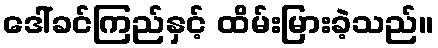
ဒေါ်ခင်ကြည်နှင့် ထိမ်းမြားခဲ့သည်။